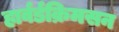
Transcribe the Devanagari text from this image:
हार्वर्डक्रिमसन